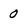
Character: 0